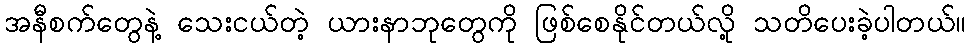
အနီစက်တွေနဲ့ သေးငယ်တဲ့ ယားနာဘုတွေကို ဖြစ်စေနိုင်တယ်လို့ သတိပေးခဲ့ပါတယ်။